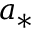
a _ { * }